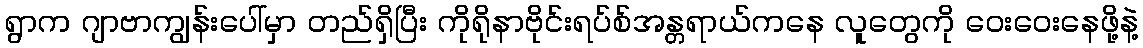
ရွာက ဂျာဗာကျွန်းပေါ်မှာ တည်ရှိပြီး ကိုရိုနာဗိုင်းရပ်စ်အန္တရာယ်ကနေ လူတွေကို ဝေးဝေးနေဖို့နဲ့